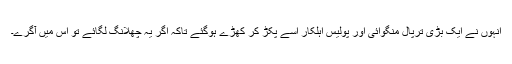
انہوں نے ایک بڑی ترپال منگوائی اور پولیس اہلکار اسے پکڑ کر کھڑے ہوگئے تاکہ اگر یہ چھلانگ لگائے تو اس میں آگرے۔